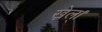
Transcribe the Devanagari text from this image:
ख़ेल्।